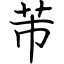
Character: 芾